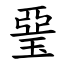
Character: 琧